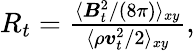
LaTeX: \begin{array}{r}{R_{t}=\frac{\langle\boldsymbol{B}_{t}^{2}/(8\pi)\rangle_{xy}}{\langle\rho\boldsymbol{v}_{t}^{2}/2\rangle_{xy}},}\end{array}